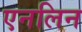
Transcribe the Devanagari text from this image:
एनलिन